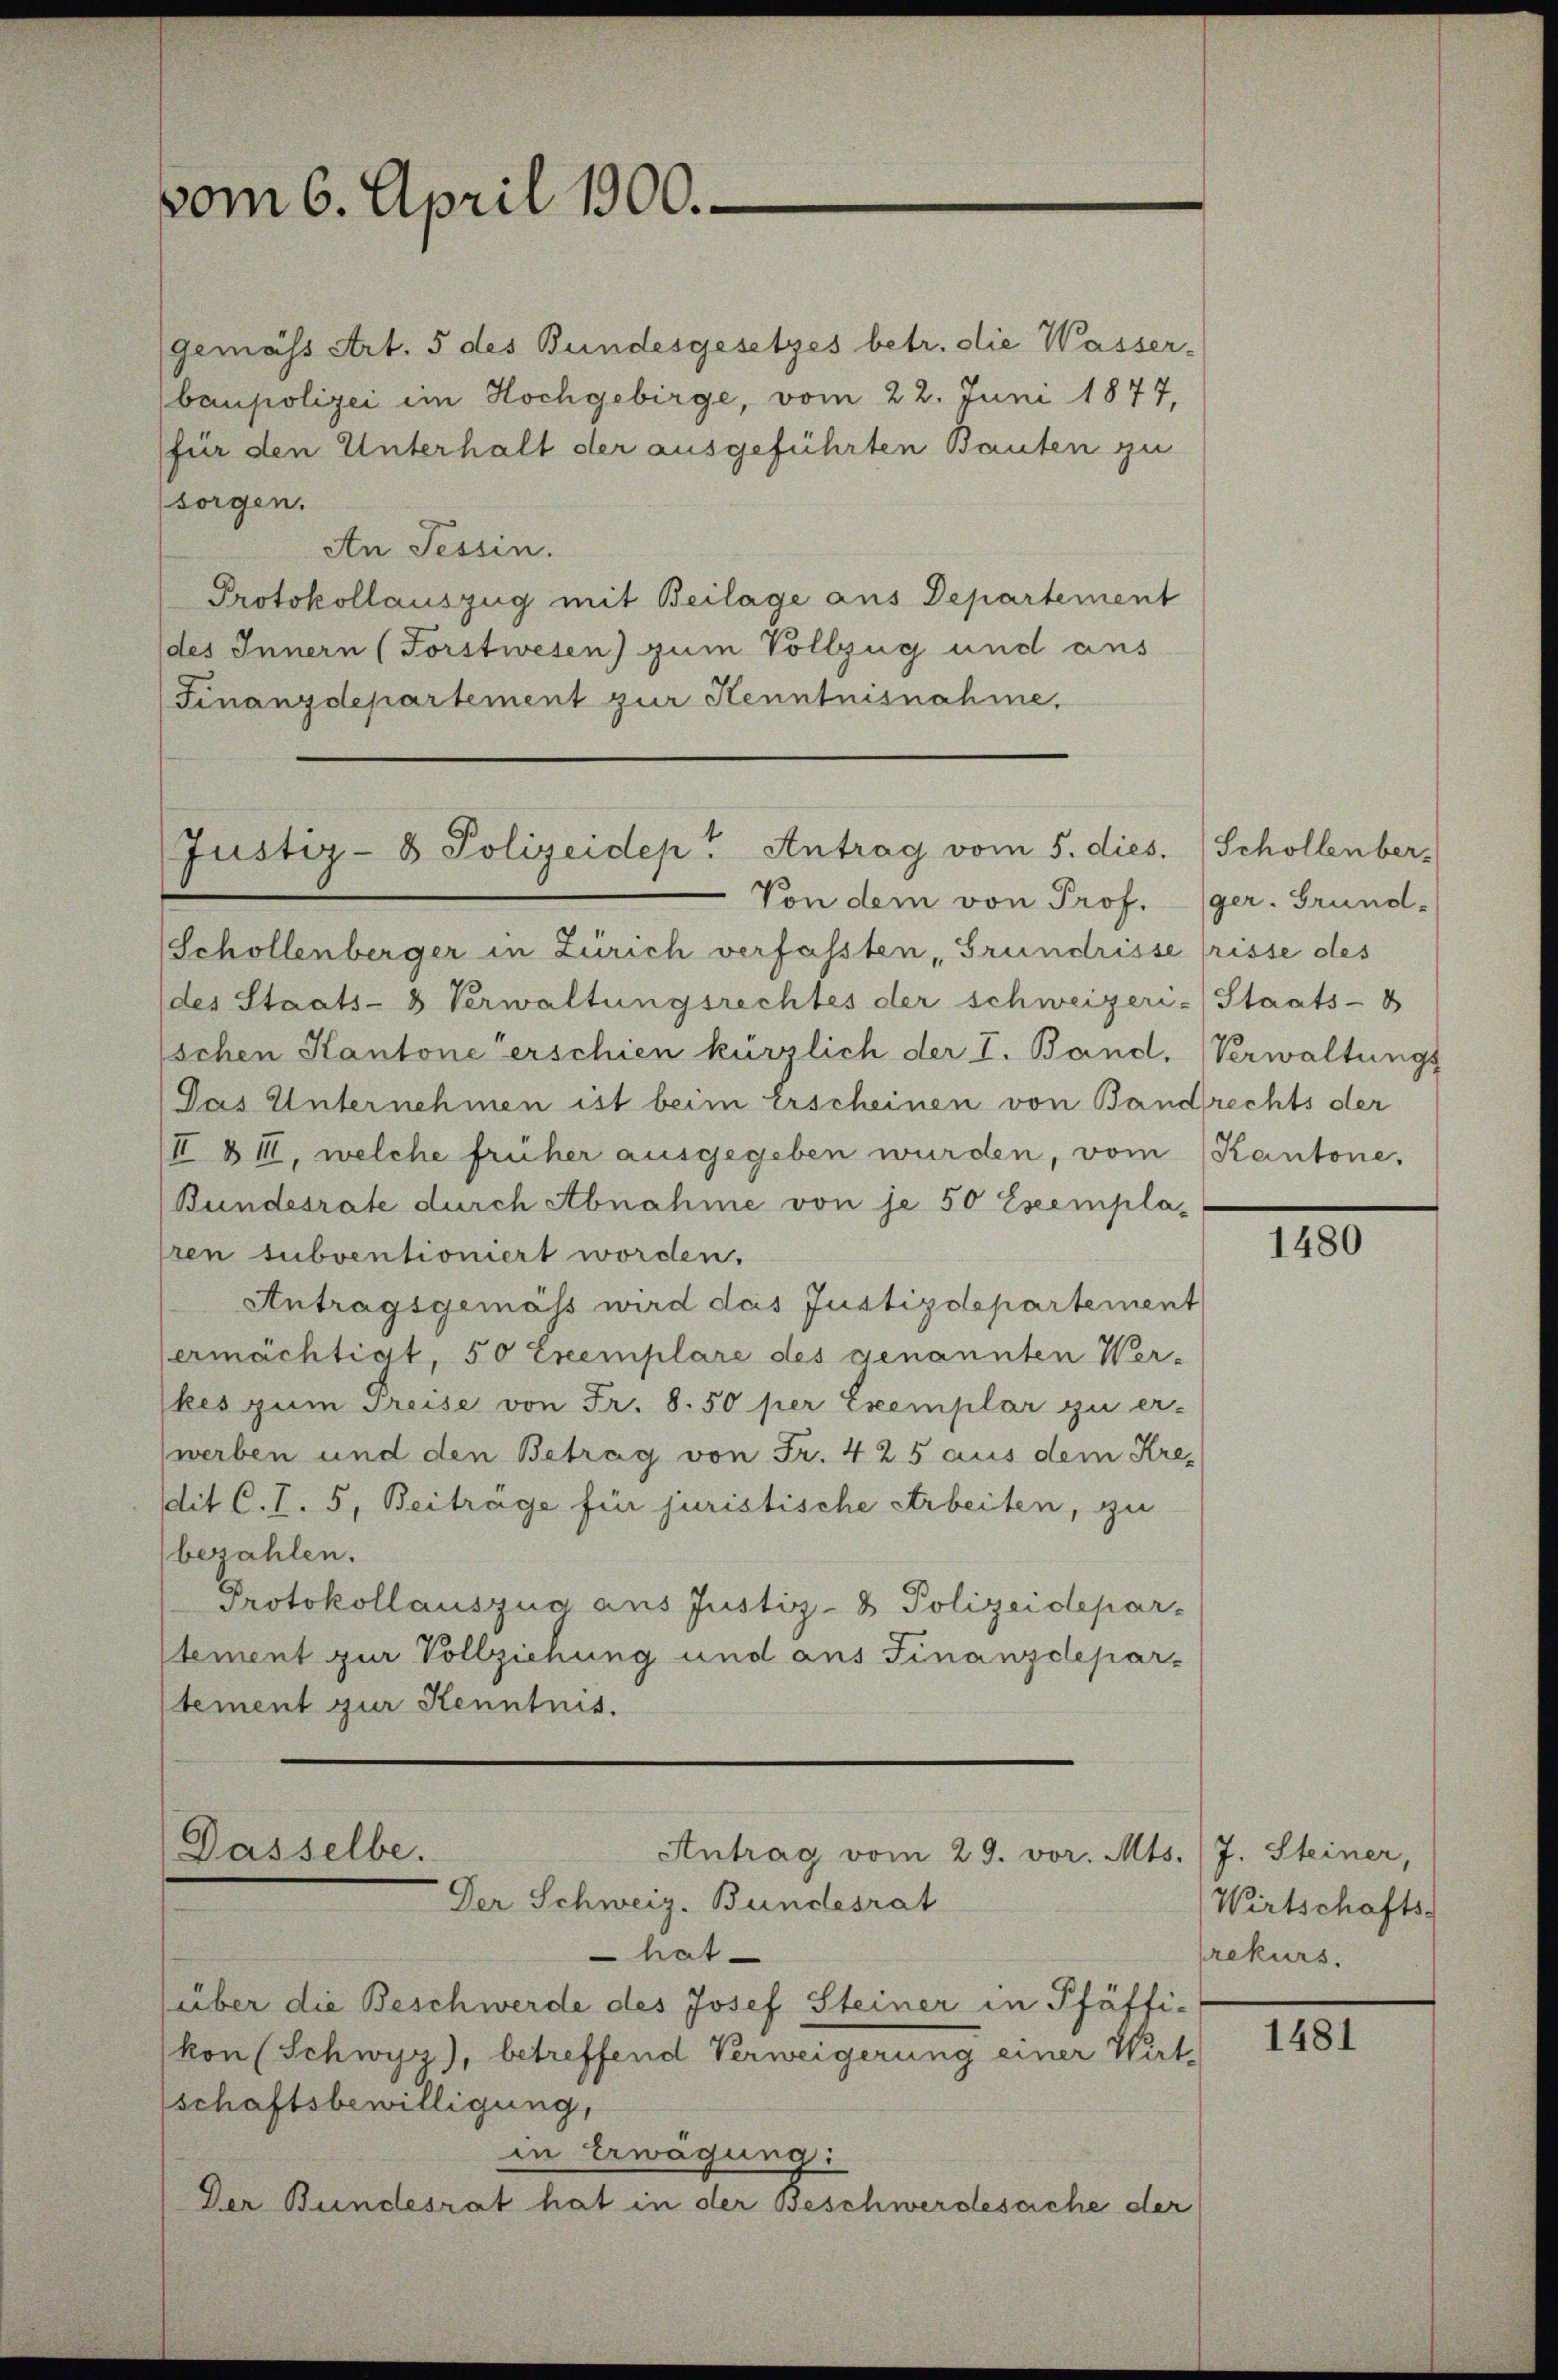
gemäss Art. 5 des Bundesgesetzes betr. die Wasser-
baupolizei im Hochgebirge, vom 22. Juni 1877,
(für den Unterhalt der ausgeführten Bauten zu
sorgen.
An Tessin.
Protokollauszug mit Beilage aus Departement
des Innern (Forstwesen) zum Vollzug und aus
Finanzdepartement zur Kenntnisnahme.

vom 6. April 1900.

Schollenberger in Zürich verfassten Grundrisse frisse des
des Staats- & Verwaltungsrechtes der schweizeri-Staats-B
Eschen Kantone erschien kürzlich der I. Band. Verwaltungs
Das Unternehmen ist beim Erscheinen von Bandrechts der
(II § II, welche früher ausgegeben wurden, vom Kantone.
Bundesrate durch Abnahme von je 50 Exempla-
ren subventioniert worden.
Antragsgemäss wird das Justizdepartement
ermächtigt, 50 Exemplare des genannten Wer-
kes zum Preise von Fr. 8.50 per Exemplar zu er-
werben und den Betrag von Fr. 425 aus dem Kre-
Dit C. S. 5, Beiträge für juristische Arbeiten, zu
bezahlen.
Protokollauszug aus Justiz- & Polizeidepar-
stement zur Vollziehung und aus Finanzdepar-
tement zur Kenntnis.

Justiz- & Polizeidep" Antrag vom 5. dies.

Dasselbe.
Antrag vom 29. vor. Mts. (J. Steiner,
Der Schweiz. Bundesrat
hat
(über die Beschwerde des Josef Steiner in Pfäffi¬

kon (Schwyz), betreffend Verweigerung einer Wirt-
schaftsbewilligung,
in Erwägung:
Der Bundesrat hat in der Beschwerdesache der

Von dem von Prof. (ger. Grund-

Schollenber¬

1480

Wirtschafts-
rekurs.

1481